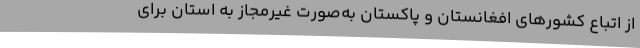
از اتباع کشورهای افغانستان و پاکستان به‌صورت غیرمجاز به استان برای